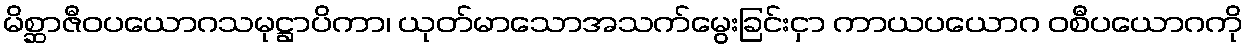
မိစ္ဆာဇီဝပယောဂသမုဋ္ဌာပိကာ၊ ယုတ်မာသောအသက်မွေးခြင်းငှာ ကာယပယောဂ ဝစီပယောဂကို